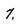
Character: 7